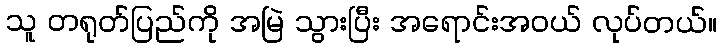
သူ တရုတ်ပြည်ကို အမြဲ သွားပြီး အရောင်းအဝယ် လုပ်တယ်။